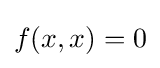
f(x,x)=0